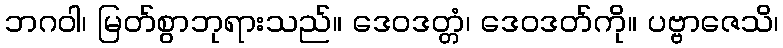
ဘဂဝါ၊ မြတ်စွာဘုရားသည်။ ဒေဝဒတ္တံ၊ ဒေဝဒတ်ကို။ ပဗ္ဗာဇေသိ၊